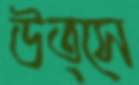
উত্সে